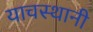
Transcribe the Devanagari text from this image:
याचस्थानी